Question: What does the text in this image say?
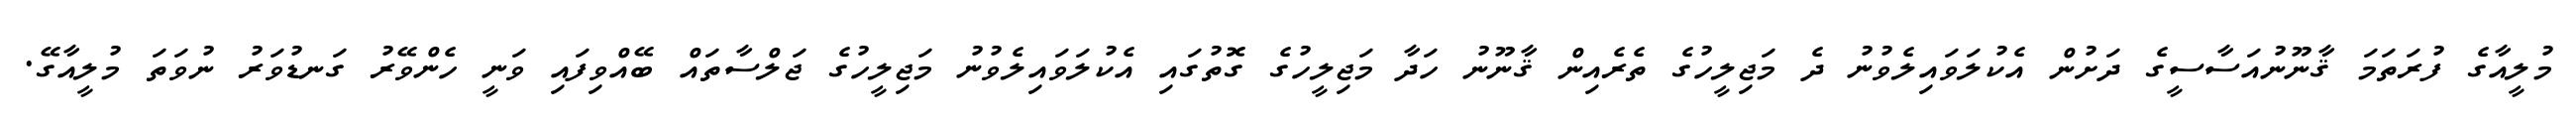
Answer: މުލީއާގެ ފުރަތަމަ ޤާނޫނުއަސާސީގެ ދަށުން އެކުލަވައިލެވުނު ދެ މަޖިލީހުގެ ތެރެއިން ޤާނޫނު ހަދާ މަޖިލީހުގެ ގޮތުގައި އެކުލަވައިލެވުނު މަޖިލީހުގެ ޖަލްސާތައް ބޭއްވިފައި ވަނީ ހެންވޭރު ގަނޑުވަރު ނުވަތަ މުލީއާގޭ.